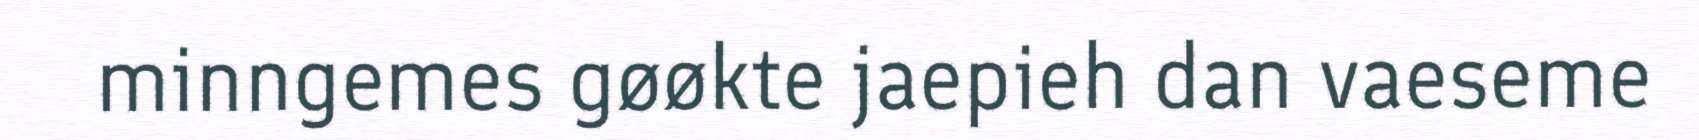
minngemes gøøkte jaepieh dan vaeseme